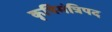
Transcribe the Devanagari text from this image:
कृषिमंत्रिपद